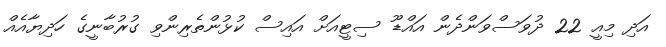
އަދި މިއީ 22 ދުވަސްވަންދެން އައްޑޫ ސިޓީއަށް އައިސް ކުޅުންތެރިންވި ގުރުބާނީގެ ހަދިޔާއެއް